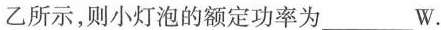
乙所示，则小灯泡的额定功率为___W.